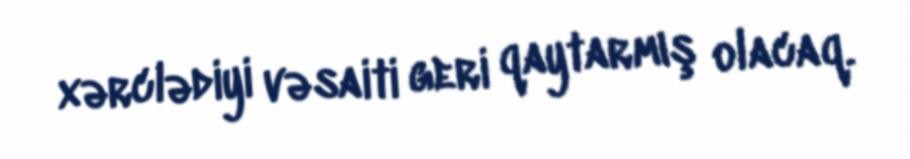
xərclədiyi vəsaiti geri qaytarmış olacaq.